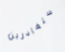
ستغادرين